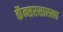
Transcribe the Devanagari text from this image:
कॅन्सरसारखा